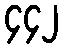
၄၄၂